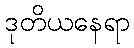
ဒုတိယနေရာ